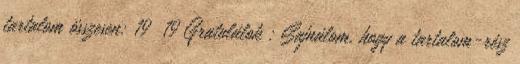
tartalom összesen: 19 19 Gratulálok : Sajnálom, hogy a tartalom-rész